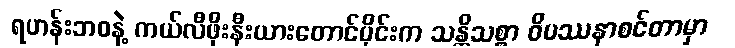
ရဟန်းဘဝနဲ့ ကယ်လီဖိုးနီးယားတောင်ပိုင်းက သန္တိသစ္စာ ဝိပဿနာစင်တာမှာ